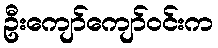
ဦးကျော်ကျော်ဝင်းက